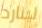
لينارد